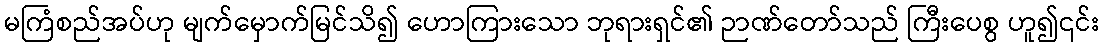
မကြံစည်အပ်ဟု မျက်မှောက်မြင်သိ၍ ဟောကြားသော ဘုရားရှင်၏ ဉာဏ်တော်သည် ကြီးပေစွ ဟူ၍၎င်း